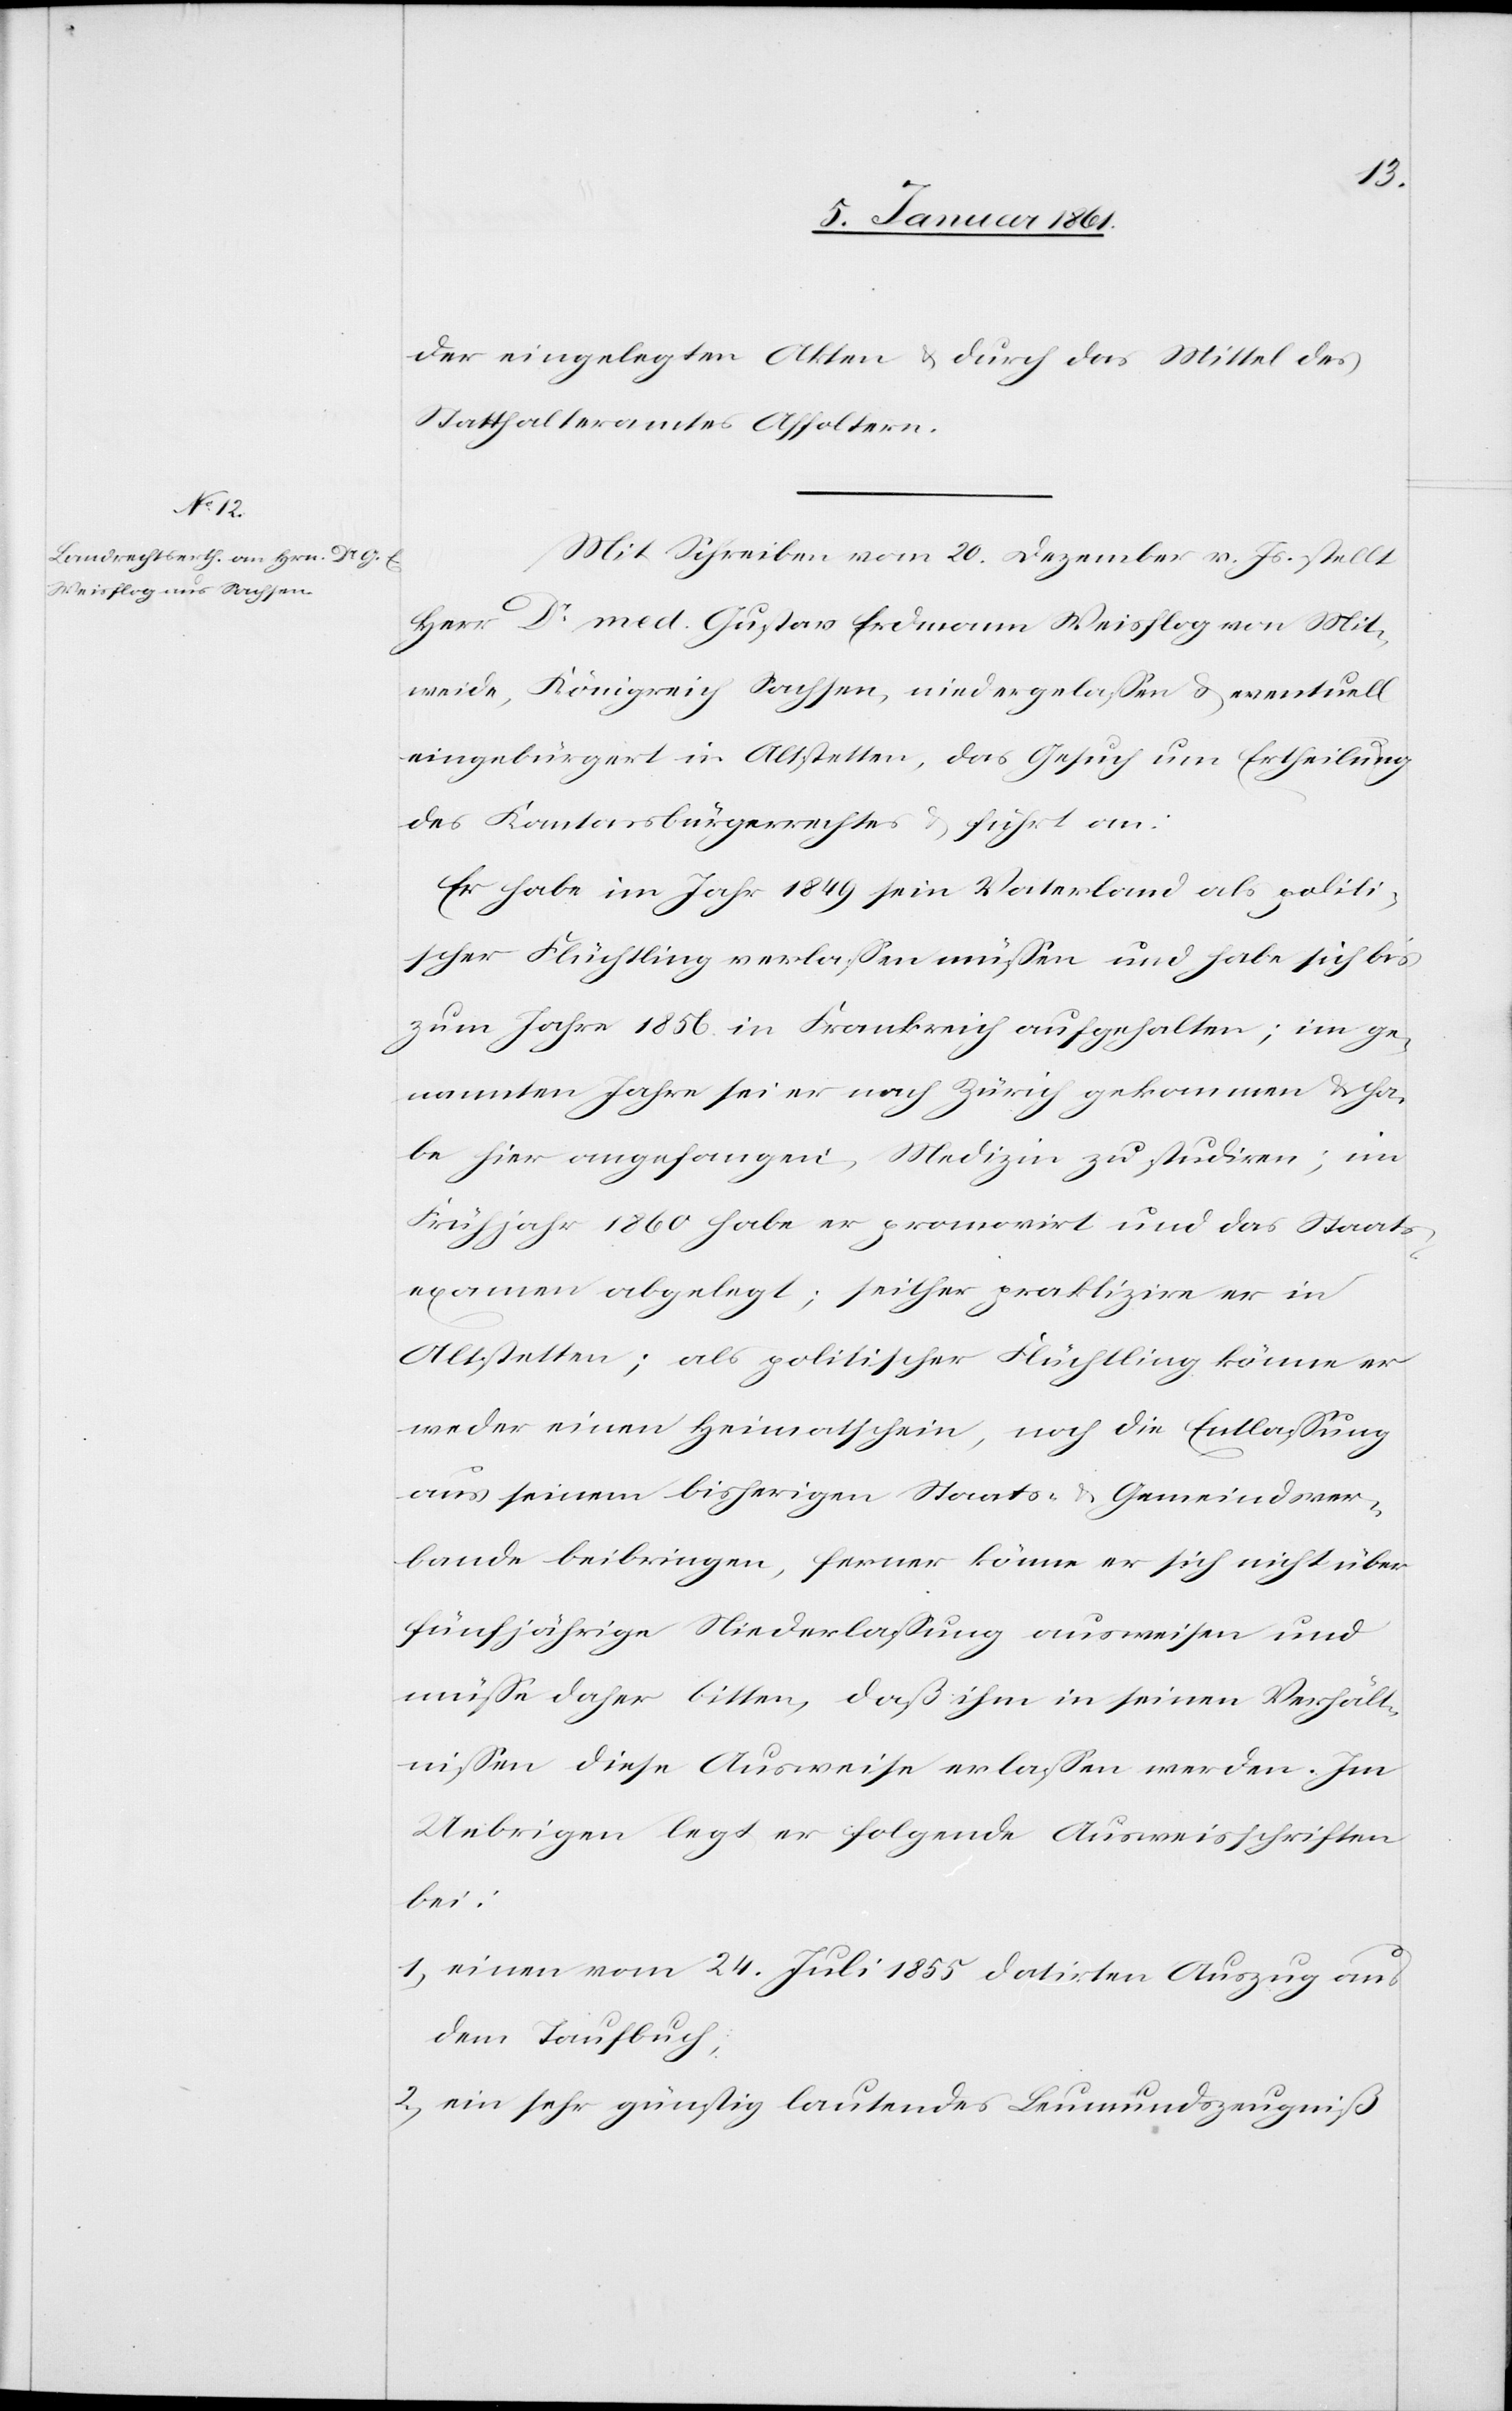
der eingelegten Akten u. durch das Mittel des
Statthalteramtes Affoltern.
Mit Schreiben vom 20. Dezember v. Js. stellt
Herr Dr. med. Gustavo Erdmann Weisflog von Mit¬
weida, Königreich Sachsen, niedergelassen u. eventuell
eingebürgert in Altstetten, das Gesuch um Erheilung
des Kantonsbürgerrechtes u. führt an:
Er habe im Jahr 1849 sein Vaterland als politi¬
scher Flüchtling verlassen müssen und habe sich bis
zum Jahr 1856 in Frankreich aufgehalten; im ge¬
nannten Jahre sei er nach Zürich gekommen u. ha¬
be hier angefangen, Medizin zu studiren; im
Frühjahr 1860 habe er promovirt und das Staats¬
examen abgelegt; seither praktizire er in
Altstetten; als politischer Flüchtling könne er
weder einen Heimatschein, noch die Entlassung
aus seinem bisherigen Staats- u. Gemeindsver¬
bande beibringen, ferner könne er sich nicht über
fünfjährige Niederlassung ausweisen und
müsse daher bitten, daß ihm in seinen Verhält¬
nissen diese Ausweise erlassen werden. Im
Uebrigen legt er folgende Ausweisschriften
bei:
1) einen vom 24. Juli 1855 datirten Auszug aus
dem Taufbuch,
2) ein sehr günstig lautendes Leumundszeugniß